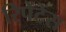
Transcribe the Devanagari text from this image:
रिपेंटेंस